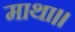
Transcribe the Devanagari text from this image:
माथा।।